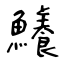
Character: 鱶